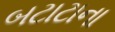
બટાટાના